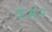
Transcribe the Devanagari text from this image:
फेमेन